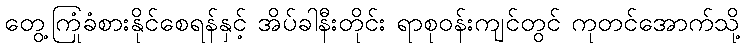
တွေ့ကြုံခံစားနိုင်စေရန်နှင့် အိပ်ခါနီးတိုင်း ရာစုဝန်းကျင်တွင် ကုတင်အောက်သို့